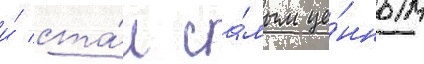
и́ ста́л са́мым це́нным